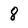
Character: 8